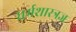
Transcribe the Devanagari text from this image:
धर्मशास्त्रज्ञ